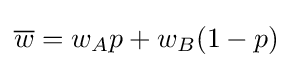
{\overline {w}}=w_{A}p+w_{B}(1-p)